Vaccination in Bombay 1902-1912 - 1902-1912
Year: 1902
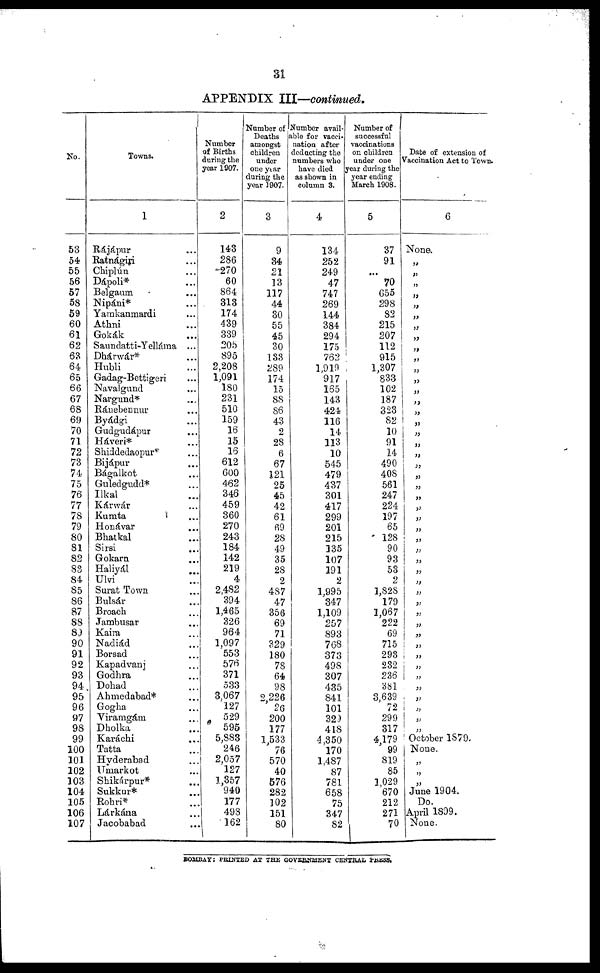
31
APPENDIX III—continued.
No.
53
54
55
56
57
58
59
60
61
62
63
64
65
66
67
68
69
70
71
72
73
74
75
76
77
78
79
80
81
82
83
84
85
86
87
88
89
90
91
92
93
94
95
96
97
98
99
100
101
102
103
104
105
106
107
Towns.
1
Rájápur ...
Ratnágiri ...
Chiplún ...
Dápoli* ...
Belgaum ...
Nipáni* ...
Yamkanmardi ...
Athni ...
Gokák ...
Saundatti-Yelláma ...
Dhárwár* ...
Hubli ...
Gadag-Bettigeri ...
Navalgund ...
Nargund* ...
Ránebennur ...
Byádgi ...
Gudgudápur ...
Háveri* ...
Shiddedaopur* ...
Bijápur ...
Bágalkot ...
Guledgudd* ...
Ilkal ...
Kárwár ...
Kumta ...
Honávar ...
Bhatkal ...
Sirsi ...
Gokar ...
Haliyál ...
Ulvi ...
Surat Town ...
Bulsár ...
Broach ...
Jambusar ...
Kaira ...
Nadiád ...
Borsad ...
Kapadvanj ...
Godhra ...
Dohad ...
Ahmedabad* ...
Gogha ...
Viramgám ...
Dholka ...
Karáchi ...
Tatta ...
Hyderabad ...
Umarkot ...
Skikárpur* ...
Sukkur* ...
Rohri* ...
Lárkána ...
Jacobabad ...
Number
of Births
during the
year 1907.
2
143
286
270
60
864
313
174
439
339
205
895
2,208
1,091
180
231
510
159
16
15
16
612
600
462
346
459
360
270
243
184
142
219
4
2,482
394
1,465
326
964
1,097
553
576
371
533
3,067
127
529
595
5,883
246
2,057
127
1,357
940
177
498
162
Number of
Deaths
amongst
children
under
one year
during the
year 1907.
3
9
34
21
13
117
44
30
55
45
30
133
289
174
15
88
86
43
2
28
6
67
121
25
45
42
61
69
28
49
35
28
2
487
47
356
69
71
329
180
78
64
98
2,226
26
200
177
1,533
76
570
40
576
282
102
151
80
Number avail-
able for vacci-
nation after
deducting the
numbers who
have died
as shown in
column 3.
4
134
252
249
47
747
269
144
384
294
175
762
1,919
917
165
143
424
116
14
113
10
545
479
437
301
417
299
201
215
135
107
191
2
1,995
347
1,109
257
893
768
373
498
307
435
841
101
329
418
4,350
170
1,487
87
781
658
75
347
82
Number of
successful
vaccinations
on children
under one
year during the
year ending
March 1908.
5
37
91
...
70
655
298
82
215
207
112
915
1,307
833
102
187
323
82
10
91
14
490
408
561
247
224
197
65
128
90
93
53
2
1,828
179
1,067
222
69
715
293
232
236
381
3,639
72
299
317
4,179
99
819
85
1,029
670
212
271
70
Date of extension of
Vaccination Act to Town.
6
None.
„
„
„
„
„
„
„
„
„
„
„
„
„
„
„
„
„
„
„
„
„
„
„
„
„
„
„
„
„
„
„
„
„
„
„
„
„
„
„
„
„
„
„
„
„
October 1879.
None.
„
„
„
June 1904.
Do.
April 1899.
None.
BOMBAY: PRINTED AT THE GOVERNMENT CENTRAL PRESS.